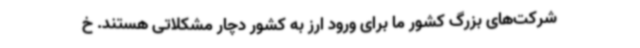
شرکت‌های بزرگ کشور ما برای ورود ارز به کشور دچار مشکلاتی هستند. خ